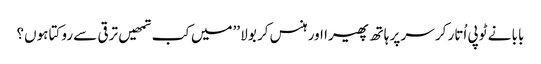
بابا نے ٹوپی اُتار کر سر پر ہاتھ پھیرا اور ہنس کر بولا ’’میں کب تمھیں ترقی سے روکتا ہوں؟